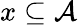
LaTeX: x\subseteq{\mathcal{A}}